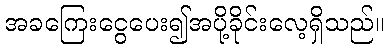
အခကြေးငွေပေး၍အပို့ခိုင်းလေ့ရှိသည်။